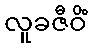
လူခဇီဝိံ